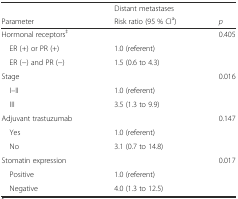
<table><thead><tr><td></td><td><b>Distant metastases</b></td><td></td></tr><tr><td><b>Parameter</b></td><td><b>Risk ratio (95 % CI<sup>a</sup>)</b></td><td><b><i>p</i></b></td></tr></thead><tbody><tr><td>Hormonal receptors<sup>‡</sup></td><td></td><td>0.405</td></tr><tr><td> ER (+) or PR (+)</td><td>1.0 (referent)</td><td></td></tr><tr><td> ER (−) and PR (−)</td><td>1.5 (0.6 to 4.3)</td><td></td></tr><tr><td>Stage</td><td></td><td>0.016</td></tr><tr><td> I–II</td><td>1.0 (referent)</td><td></td></tr><tr><td> III</td><td>3.5 (1.3 to 9.9)</td><td></td></tr><tr><td>Adjuvant trastuzumab</td><td></td><td>0.147</td></tr><tr><td> Yes</td><td>1.0 (referent)</td><td></td></tr><tr><td> No</td><td>3.1 (0.7 to 14.8)</td><td></td></tr><tr><td>Stomatin expression</td><td></td><td>0.017</td></tr><tr><td> Positive</td><td>1.0 (referent)</td><td></td></tr><tr><td> Negative</td><td>4.0 (1.3 to 12.5)</td><td></td></tr></tbody></table>